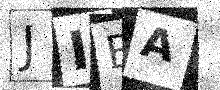
Text: JIBA